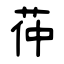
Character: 茽